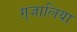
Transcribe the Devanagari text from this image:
ग़्जालिया